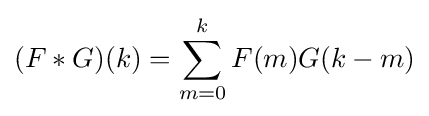
(F*G)(k)=\sum _{m=0}^{k}F(m)G(k-m)